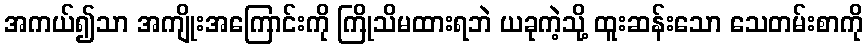
အကယ်၍သာ အကျိုးအကြောင်းကို ကြိုသိမထားရဘဲ ယခုကဲ့သို့ ထူးဆန်းသော သေတမ်းစာကို